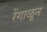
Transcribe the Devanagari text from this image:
रेंगाळून